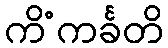
ကိံကင်္ခတိ